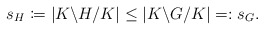
\begin{align*}s_H \coloneqq \vert K\backslash H/K\vert \leq \vert K\backslash G/K\vert = : s_G.\end{align*}